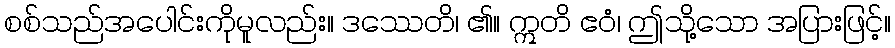
စစ်သည်အပေါင်းကိုမူလည်း။ ဒဿေတိ၊ ၏။ ဣတိ ဧဝံ၊ ဤသို့သော အပြားဖြင့်။